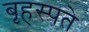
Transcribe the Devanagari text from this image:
बृहस्पते